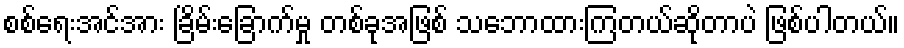
စစ်ရေးအင်အား ခြိမ်းခြောက်မှု တစ်ခုအဖြစ် သဘောထားကြတယ်ဆိုတာပဲ ဖြစ်ပါတယ်။